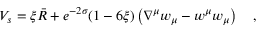
V _ { s } = \xi \bar { R } + e ^ { - 2 \sigma } ( 1 - 6 \xi ) \left( \nabla ^ { \mu } w _ { \mu } - w ^ { \mu } w _ { \mu } \right) { } ~ ~ ~ ,